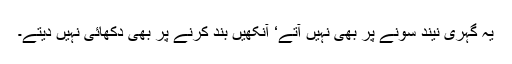
یہ گہری نیند سونے پر بھی نہیں آتے‘ آنکھیں بند کرنے پر بھی دکھائی نہیں دیتے۔